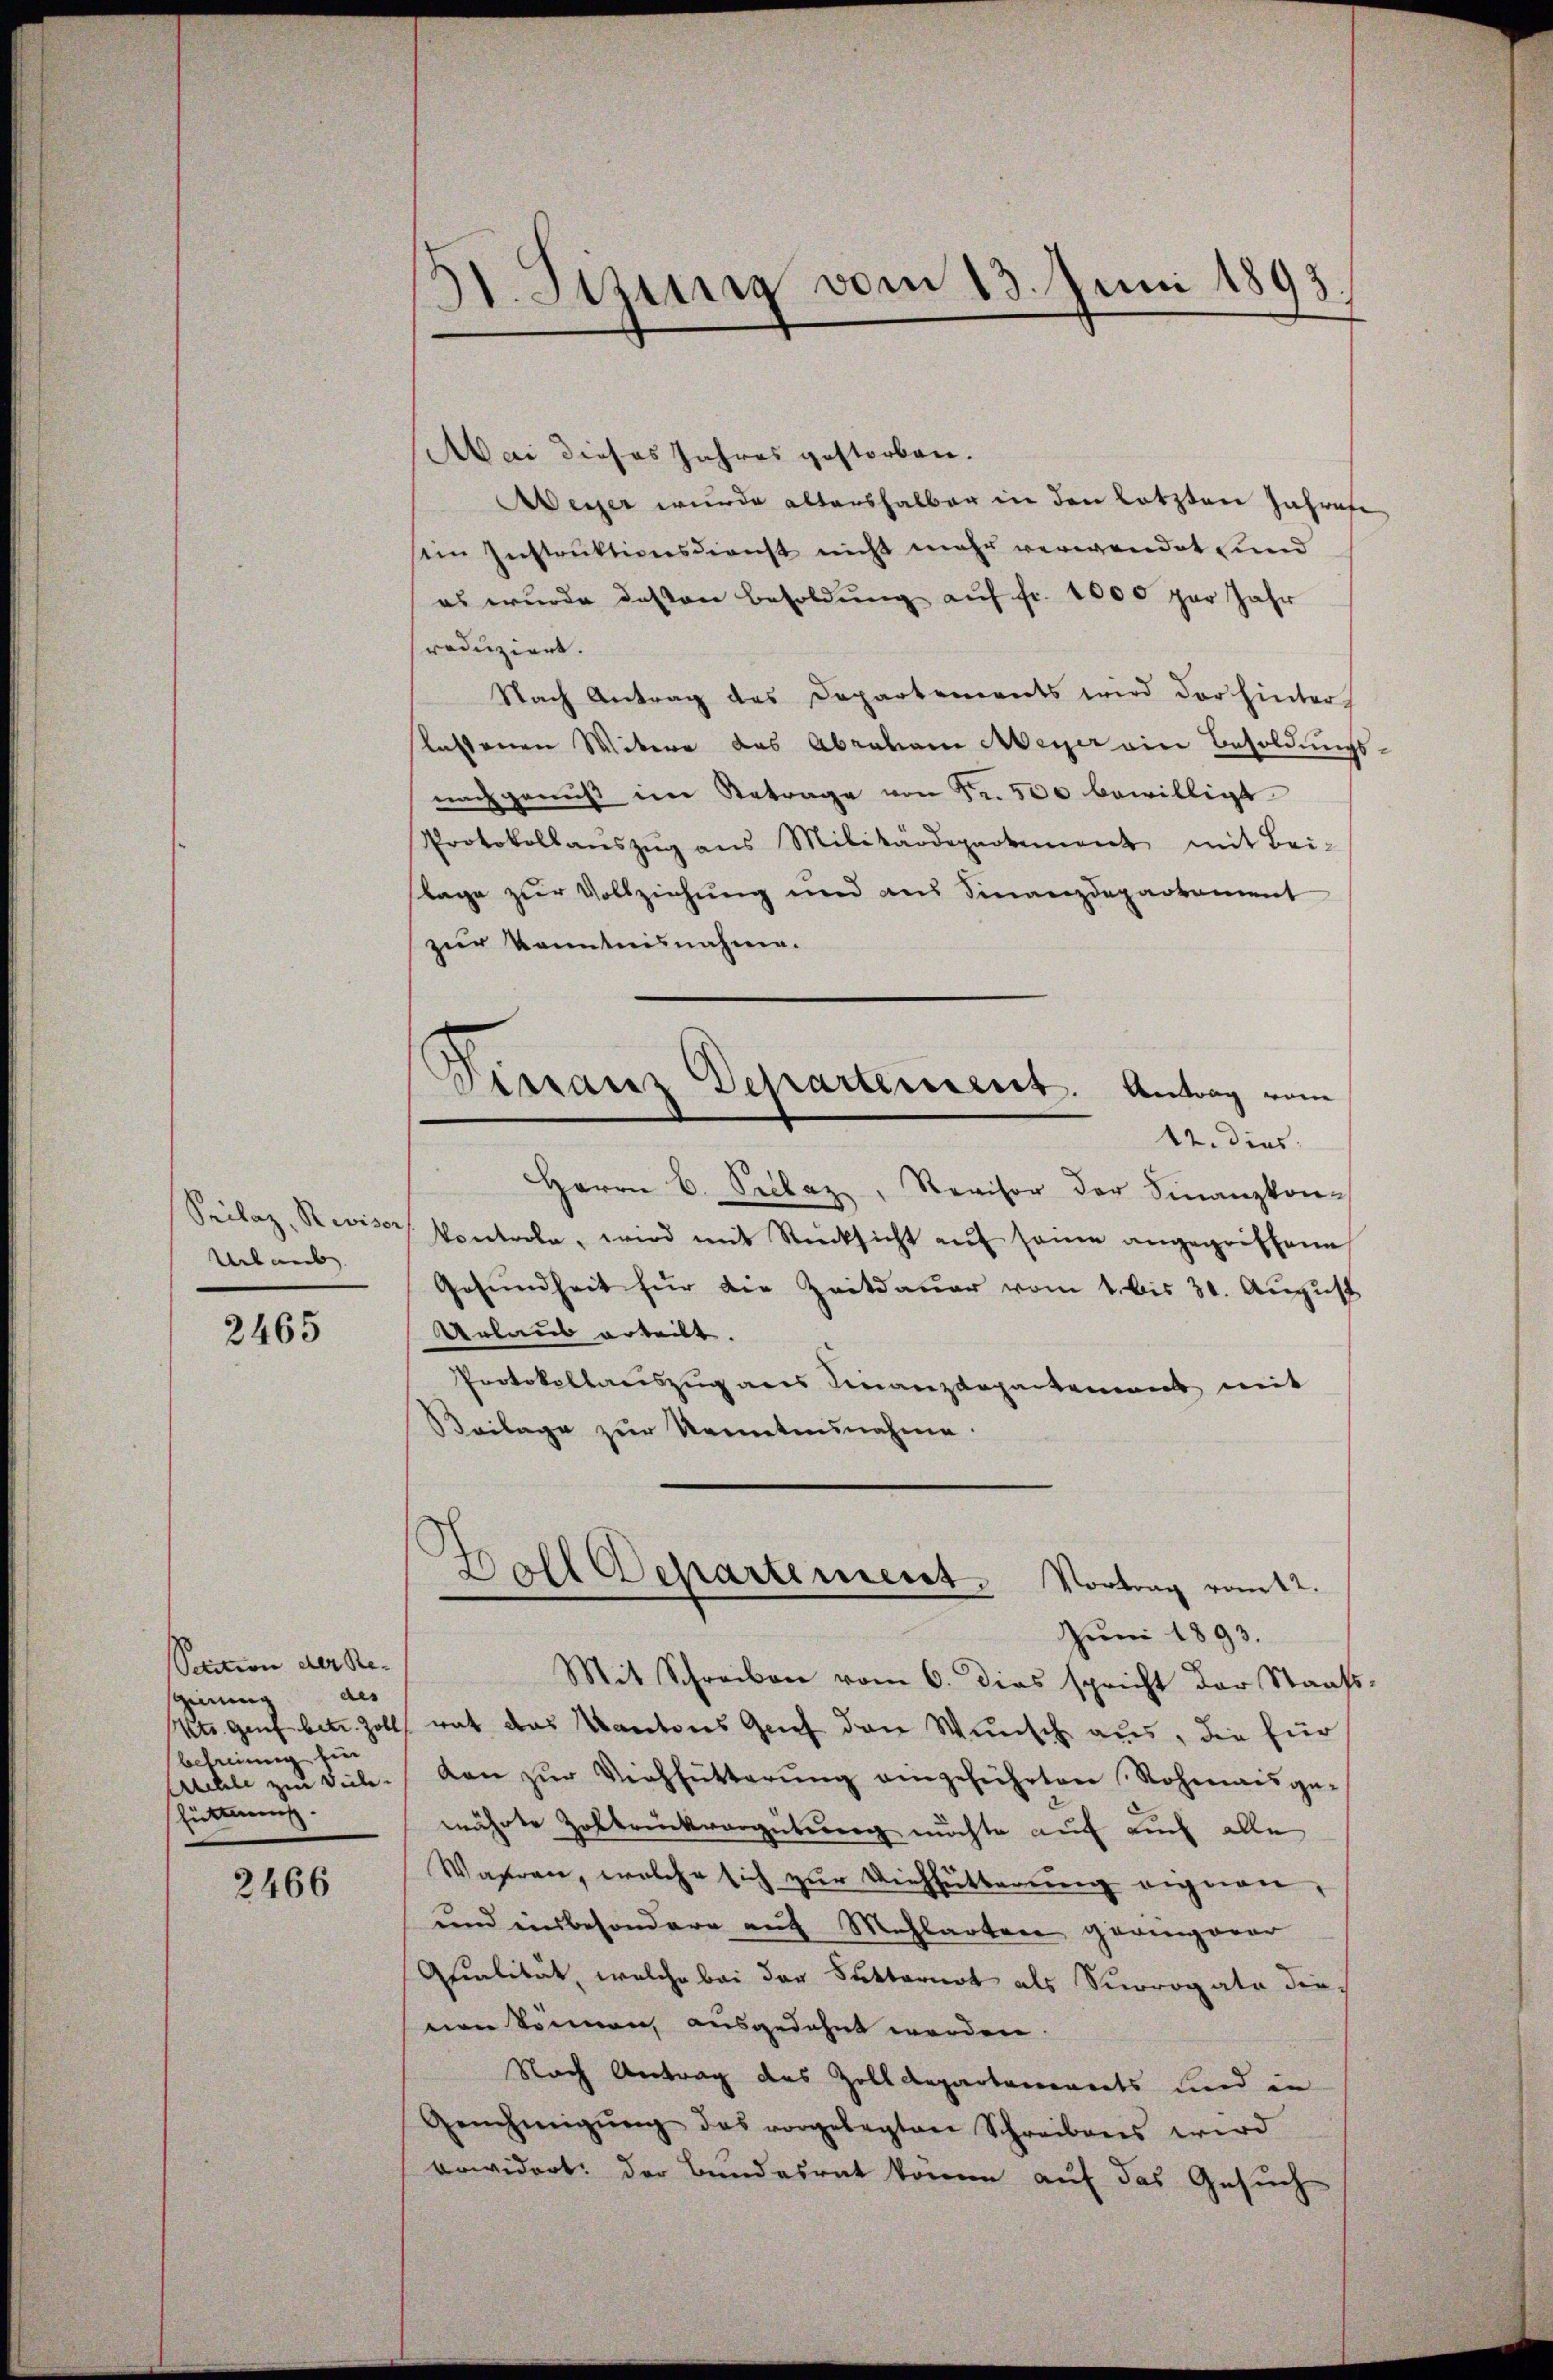
Prilaz, Revisor
Urlaub

2465

Setition der Re- |
gierung des
befreiung bin
Auhle zur Viele.
hüttung.

2466

II. Sizung vom 13. Juni 1893.

Mai dieses Jahres gestorben.
Aeger wurde altershalber in den letzten Jahrese
sein Instruktionsdienst nicht mehr verwendet, und
es wurde deßen besoldŭng aŭf fr. 1000 per Jahr
reduziert.
Nach Antrag des Departements wird der hinter
lassenen Witere das Abraham Meier ein Besoldungsnachgenuß im Betrage von Fr. 500 bewilligt
Protokollaŭszŭg ans Militärdepartement mit Bei-
flage zur Vollziehung und aus Finanzdepartament
zur Kenntnisnahme.
Dirranz Departement. Antrag vom
12. dies
Herrn C. Sellaz, Revisor der Finanzkon-
kontrole, wird mit Rücksicht aŭf seine angegriffene
Gesŭndheit für die Zeitdauer vom 1. bis 30. August
Urlaus erteilt.
Protokollauszug aus Finanzdepartement mit
Beilage zur Kenntnisnahme.

.
Doll Departement. Vortrag vom 2.
Juni 1893.

Mit Schreiben vom 6. dies spricht der Staats-
Kts. Genf betr. Zoll rat das Kantons Grief den Wunsch aus, die für
den zŭr Viehfütterŭng eingeführten Rohmais ge-
währte Zolbrückvergütung nichte auf auch alle
Wahren, welche sich zur Viehfütterung eignen,
und einbesondere auf Mahlarten geringerer
Qualität, welche bei der Sutternot als Surrogate dienien können, ausgedehnt werden
Nach Antrag des Zolldepartemonats und in
Genehmigŭng des vorgelegten Schreibens wird
vowidert: Der Bundesrat könne auf das Gesuch